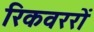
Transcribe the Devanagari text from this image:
रिकवररों